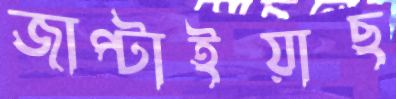
জাপ্‌টাইয়াছ